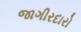
જાગીરદારો